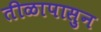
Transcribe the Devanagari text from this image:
तीळापासुन